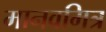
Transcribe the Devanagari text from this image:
मानवमित्र